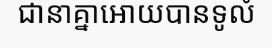
ជានាគ្នាអោយបានទូលំ